Report on sanitation, dispensaries, and jails in Rajputana for 1911, and on vaccination for the year 1911-1912 - 1911-1912
Year: 1911
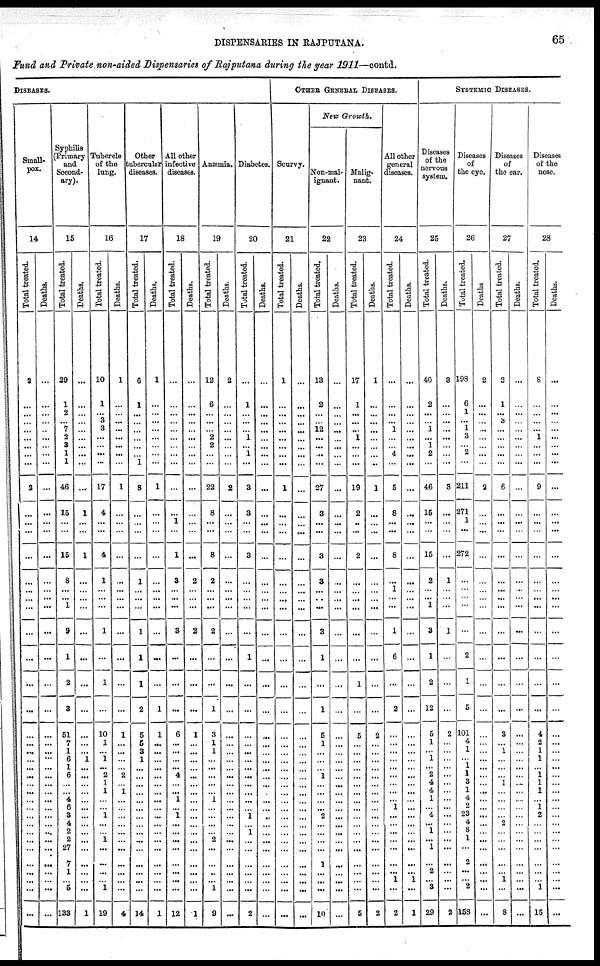
DISPENSARIES IN RAJPUTANA.
65
Fund and Private non-aided Dispensaries of Rajputana during the year 1911—contd.
DISEASES.
Small-
pox.
14
Total treated.
2
...
...
...
...
...
...
...
...
2
...
...
...
...
...
...
...
...
...
...
...
...
...
...
...
...
...
...
...
...
...
...
...
...
...
...
...
...
...
...
...
...
Deaths.
...
...
...
...
...
...
...
...
...
...
...
...
...
...
...
...
...
...
...
...
...
...
...
...
...
...
...
...
...
...
...
...
...
...
...
...
...
...
...
...
...
...
Syphilis
(Primary
and
Second-
ary).
15
Total treated.
29
1
2
...
7
2
3
1
1
46
15
...
...
15
8
...
...
1
9
1
2
3
51
7
1
6
1
6
...
... 4
6
3
4
2
2
27
7
1
...
5
133
Deaths.
...
...
...
...
...
...
...
...
...
...
1
...
...
1
...
...
...
...
...
...
...
...
...
...
...
1
...
...
...
...
...
...
...
...
...
...
...
...
...
...
...
1
Tubercle
of the
lung.
16
Total treated.
10
1
...
3
3
...
...
...
...
17
4
...
...
4
1
...
...
...
1
...
1
...
10
1
...
1
... 2
1
1
...
...
1
...
...
1
...
...
...
...
1
19
Deaths.
1
...
...
...
...
...
...
...
...
1
...
...
...
...
...
...
...
...
...
...
...
...
1
...
...
...
...
2
...
1
...
...
...
...
...
...
...
...
...
...
...
4
Other
tubercular
diseases.
17
Total treated.
6
1
...
...
...
...
...
...
1
8
...
...
...
...
1
...
...
...
1
1
1
2
5
5
3
1
...
...
...
...
...
...
...
...
...
...
...
...
...
...
...
14
Deaths.
1
...
...
...
...
...
...
...
...
1
...
...
...
...
...
...
...
...
...
...
...
1
1
...
...
...
...
...
...
...
...
...
...
...
...
...
...
...
...
...
...
1
All other
infective
diseases.
18
Total treated.
...
...
...
...
...
...
...
...
...
...
...
1
...
1
3
...
...
...
3
...
...
...
6
...
...
...
... 4
...
... 1
...
1
...
...
...
...
...
...
...
...
12
Deaths.
...
...
...
...
...
...
...
...
...
...
...
...
...
...
2
...
...
...
2
...
...
...
1
...
...
...
...
...
...
...
...
...
...
...
...
...
...
...
...
...
...
1
Anæmia.
19
Total treated.
12
6
...
...
...
2
2
...
...
22
8
...
...
8
2
...
...
...
2
...
...
1
3
1
1
...
...
...
...
... 1
...
...
...
...
2
...
...
...
...
1
9
Deaths.
2
...
...
...
...
...
...
...
...
2
...
...
...
...
...
...
...
...
...
...
...
...
...
...
...
...
...
...
...
...
...
...
...
...
...
...
...
...
...
...
...
...
Diabetes.
20
Total treated.
...
1
...
...
...
1
...
1
...
3
3
...
...
3
...
...
...
...
...
1
...
...
...
...
...
...
...
...
...
...
...
...
1
...
1
...
...
...
...
...
...
2
Deaths.
...
...
...
...
...
...
...
...
...
...
...
...
...
...
...
...
...
...
...
...
...
...
...
...
...
...
...
...
...
...
...
...
...
...
...
...
...
...
...
...
...
...
OTHER GENERAL DISEASES.
Scurvy.
21
Total treated.
1
...
...
...
...
...
...
...
...
1
...
...
...
...
...
...
...
...
...
...
...
...
...
...
...
...
...
...
...
...
...
...
...
...
...
...
...
...
...
...
...
...
Deaths.
...
...
...
...
...
...
...
...
...
...
...
...
...
...
...
...
...
...
...
...
...
...
...
...
...
...
...
...
...
...
...
...
...
...
...
...
...
...
...
...
...
...
New Growth.
Non-mal-
ignant.
22
Total treated.
13
2
...
...
12
...
...
...
...
27
3
...
...
3
3
...
...
...
3
1
...
1
5
1
...
...
...
1
...
...
...
...
2
...
...
...
...
1
...
...
...
10
Deaths.
...
...
...
...
...
...
...
...
...
...
...
...
...
...
...
...
...
...
...
...
...
...
...
...
...
...
...
...
...
...
...
...
...
...
...
...
...
...
...
...
...
...
Malig-
nant.
23
Total treated.
17
1
...
...
...
1
...
...
...
19
2
...
...
2
...
...
...
...
...
...
1
...
5
...
...
...
...
...
...
...
...
...
...
...
...
...
...
...
...
...
...
5
Deaths.
1
...
...
...
...
...
...
...
...
1
...
...
...
...
...
...
...
...
...
...
...
...
2
...
...
...
...
...
...
...
...
...
...
...
...
...
...
...
...
...
...
2
All other
general
diseases.
24
Total treated.
...
...
...
...
1
...
...
4
...
5
8
...
...
8
...
1
...
...
1
6
...
2
...
...
...
...
...
...
...
...
...
1
...
...
...
...
...
...
...
1
...
2
Deaths.
...
...
...
...
...
...
...
...
...
...
...
...
...
...
...
...
...
...
...
...
...
...
...
...
...
...
...
...
...
...
...
...
...
...
...
...
...
...
...
1
...
1
SYSTEMIC DISEASES.
Diseases
of the
nervous
system.
25
Total treated.
40
2
...
...
1
...
1
2
...
46
15
...
...
15
2
...
...
1
3
1
2
12
5
1
...
1
... 2
4
4
1
...
4
...
1
...
1
...
2
...
3
29
Deaths.
3
...
...
...
...
...
...
...
...
3
...
...
...
...
1
...
...
...
1
...
...
...
2
...
...
...
...
...
...
...
...
...
...
...
...
...
...
...
...
...
...
2
Diseases
of
the eye.
26
Total treated.
198
6
1
...
1 3
...
2
...
211
271
1
...
272
...
...
...
...
...
2
1
5
101
4
1
...
1
1
3
1
4
2
23
4
8
1
...
2
...
...
2
158
Deaths
2
...
...
...
...
...
...
...
...
2
...
...
...
...
...
...
...
...
...
...
...
...
...
...
...
...
...
...
...
...
...
...
...
...
...
...
...
...
...
...
...
...
Diseases
of
the ear.
27
Total treated.
2
1
...
3
...
...
...
...
...
6
...
...
...
...
...
...
...
...
...
...
...
...
3
...
1
...
...
...
1
...
...
...
...
2
...
...
...
...
...
1
...
8
Deaths.
...
...
...
...
...
...
...
...
...
...
...
...
...
...
...
...
...
...
...
...
...
...
...
...
...
...
...
...
...
...
....
...
...
...
...
...
...
...
...
...
...
...
Diseases
of the
nose.
28
Total treated.
8
...
...
...
...
1
...
...
...
9
...
...
...
...
...
...
...
...
...
...
...
...
4
2
1
1
... 1
1
1
...
1
2
...
...
...
...
...
...
...
1
15
Deaths.
...
...
...
...
...
...
...
...
...
...
...
...
...
...
...
...
...
...
...
...
...
...
...
...
...
...
...
...
...
...
...
...
...
...
...
...
...
...
...
...
...
...